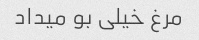
مرغ خیلی بو میداد